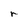
Character: r